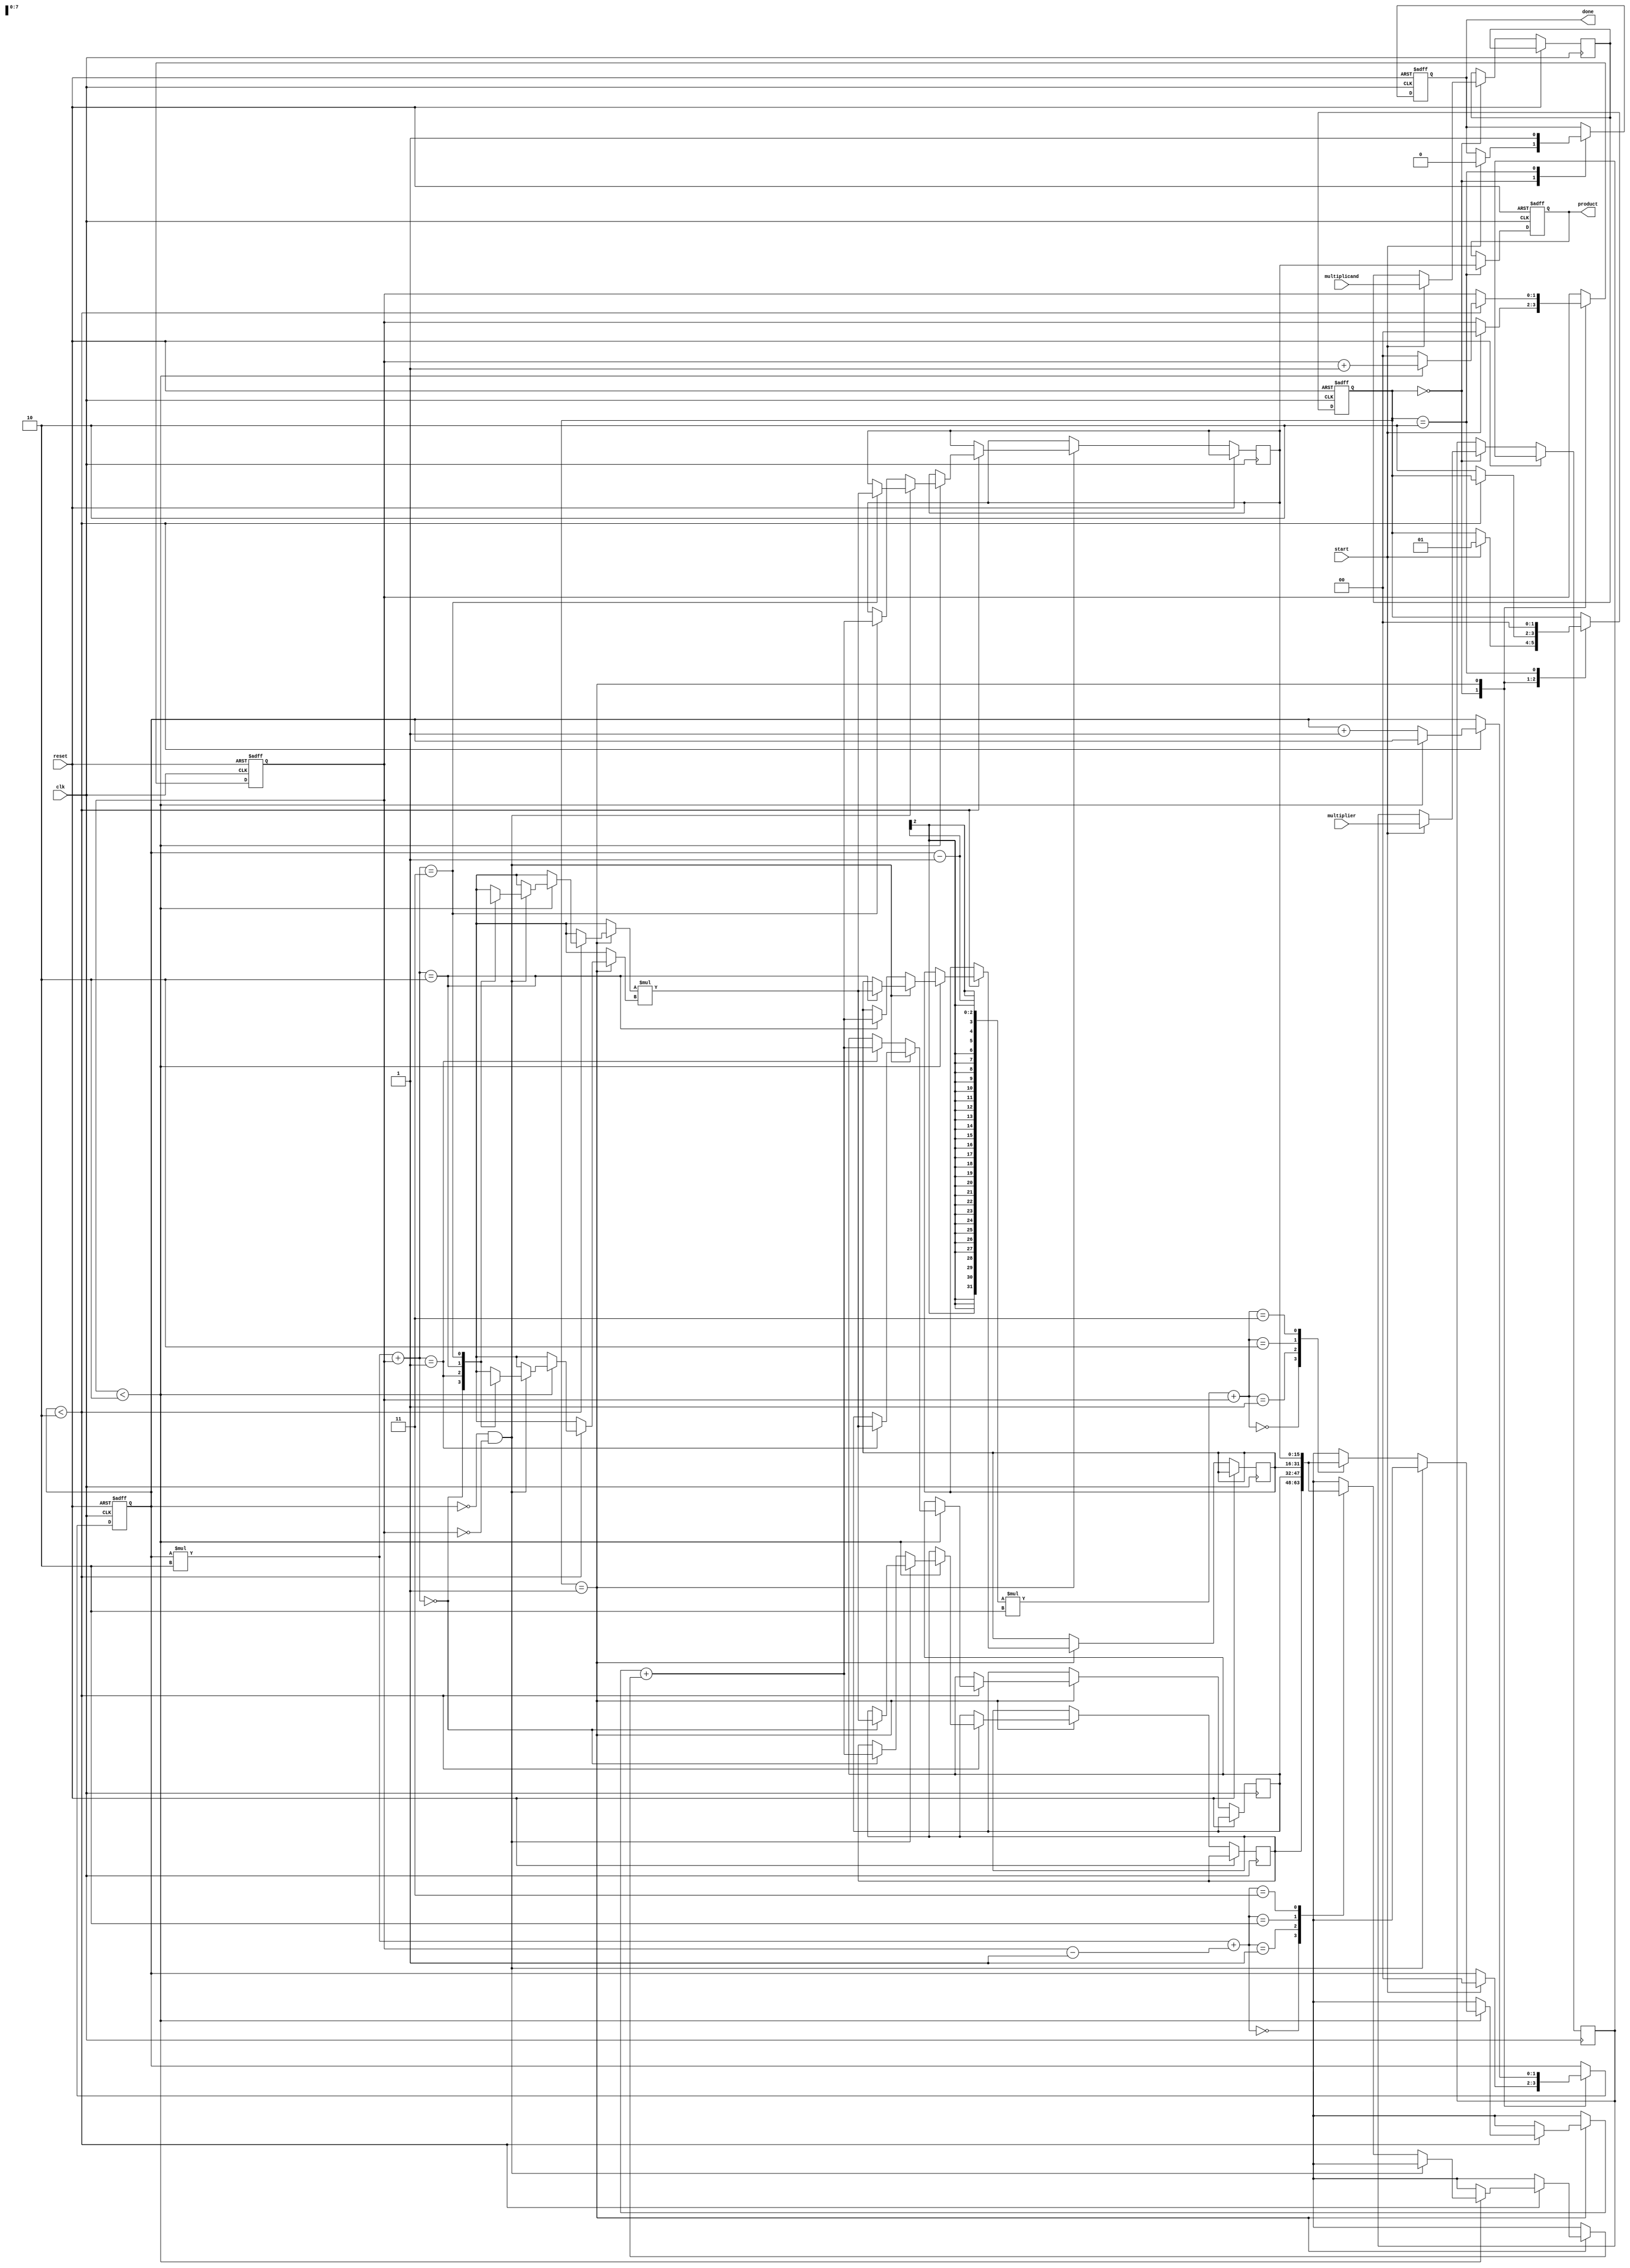
module systolic_multiplier (
    input clk,
    input reset,
    input [7:0] multiplicand, // 8-bit multiplicand
    input [7:0] multiplier,    // 8-bit multiplier
    input start,               // Start signal
    output reg [15:0] product, // 16-bit product output
    output reg done            // Done signal
);

    // Internal signals
    reg [7:0] pe_input_a [0:1][0:1]; // Input A for PEs
    reg [7:0] pe_input_b [0:1][0:1]; // Input B for PEs
    reg [15:0] pe_output [0:1][0:1]; // Output from PEs
    reg [1:0] state;                 // State for control logic
    reg [1:0] row, col;              // Row and column indices for PEs

    localparam IDLE = 2'b00;
    localparam PROCESS = 2'b01;
    localparam OUTPUT = 2'b10;

    // Control logic
    always @(posedge clk or posedge reset) begin
        if (reset) begin
            state <= IDLE;
            product <= 0;
            done <= 0;
            row <= 0;
            col <= 0;
        end else begin
            case (state)
                IDLE: begin
                    if (start) begin
                        // Initialize inputs to PEs
                        pe_input_a[0][0] <= multiplicand;
                        pe_input_b[0][0] <= multiplier;
                        state <= PROCESS;
                        row <= 0;
                        col <= 0;
                        done <= 0;
                    end
                end
                
                PROCESS: begin
                    // Systolic processing
                    if (row < 2) begin
                        if (col < 2) begin
                            // Perform multiplication in PE
                            if (row == 0 && col == 0) begin
                                pe_output[row][col] <= pe_input_a[row][col] * pe_input_b[row][col];
                            end else begin
                                pe_output[row][col] <= pe_output[row-1][col] + pe_output[row][col-1];
                            end
                            col <= col + 1;
                        end else begin
                            col <= 0;
                            row <= row + 1;
                        end
                    end else begin
                        state <= OUTPUT;
                    end
                end
                
                OUTPUT: begin
                    // Collect final product from last PE
                    product <= pe_output[1][1];
                    done <= 1;
                    state <= IDLE; // Reset to IDLE for next operation
                end
            endcase
        end
    end
endmodule